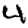
Digit: 4